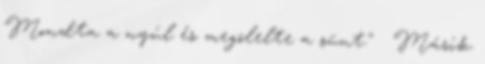
Mondta a nyúl és megölelte a sünt." ♥ Másik